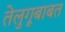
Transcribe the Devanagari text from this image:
तेलुगूबाबत